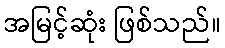
အမြင့်ဆုံး ဖြစ်သည်။